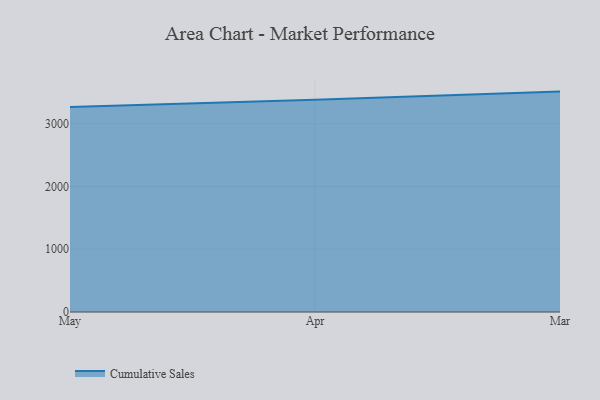
{"axis": {"x": "Month", "y": "Production Output"}, "legend": ["Cumulative Sales"], "data": [{"x": "May", "y": 3267.1, "type": "Cumulative Sales"}, {"x": "Apr", "y": 3381.2, "type": "Cumulative Sales"}, {"x": "Mar", "y": 3511.6, "type": "Cumulative Sales"}]}